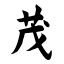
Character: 茂